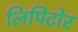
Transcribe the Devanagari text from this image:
लिपिटोर